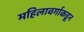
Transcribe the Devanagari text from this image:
महिलावर्गाकडून